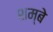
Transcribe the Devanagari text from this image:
शम्बे